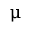
\upmu